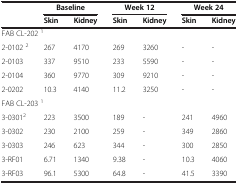
<table><thead><tr><td rowspan="2"><b> </b></td><td colspan="2"><b>Baseline</b></td><td colspan="2"><b>Week 12</b></td><td colspan="2"><b>Week 24</b></td></tr><tr><td><b>Skin</b></td><td><b>Kidney</b></td><td><b>Skin</b></td><td><b>Kidney</b></td><td><b>Skin</b></td><td><b>Kidney</b></td></tr></thead><tbody><tr><td colspan="7">FAB CL-202 <sup>1</sup></td></tr><tr><td>2-0102 <sup>2</sup></td><td>267</td><td>4170</td><td>269</td><td>3260</td><td>-</td><td>-</td></tr><tr><td>2-0103</td><td>337</td><td>9510</td><td>233</td><td>5590</td><td>-</td><td>-</td></tr><tr><td>2-0104</td><td>360</td><td>9770</td><td>309</td><td>9210</td><td>-</td><td>-</td></tr><tr><td>2-0202</td><td>10.3</td><td>4140</td><td>11.2</td><td>3250</td><td>-</td><td>-</td></tr><tr><td colspan="7">FAB CL-203 <sup>1</sup></td></tr><tr><td>3-0301<sup>2</sup></td><td>223</td><td>3500</td><td>189</td><td>-</td><td>241</td><td>4960</td></tr><tr><td>3-0302</td><td>230</td><td>2100</td><td>259</td><td>-</td><td>349</td><td>2860</td></tr><tr><td>3-0303</td><td>246</td><td>623</td><td>344</td><td>-</td><td>300</td><td>2850</td></tr><tr><td>3-RF01</td><td>6.71</td><td>1340</td><td>9.38</td><td>-</td><td>10.3</td><td>4060</td></tr><tr><td>3-RF03</td><td>96.1</td><td>5300</td><td>64.8</td><td>-</td><td>41.5</td><td>3390</td></tr></tbody></table>